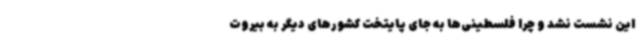
این نشست نشد و چرا فلسطینی‌ها به جای پایتخت کشورهای دیگر به بیروت